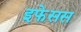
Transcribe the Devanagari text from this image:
इफेसस